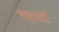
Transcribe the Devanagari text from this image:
बाहयपटी